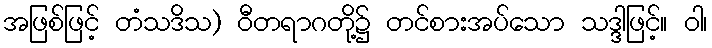
အဖြစ်ဖြင့် တံသဒိသ) ဝီတရာဂတို့၌ တင်စားအပ်သော သဒ္ဒါဖြင့်။ ဝါ၊